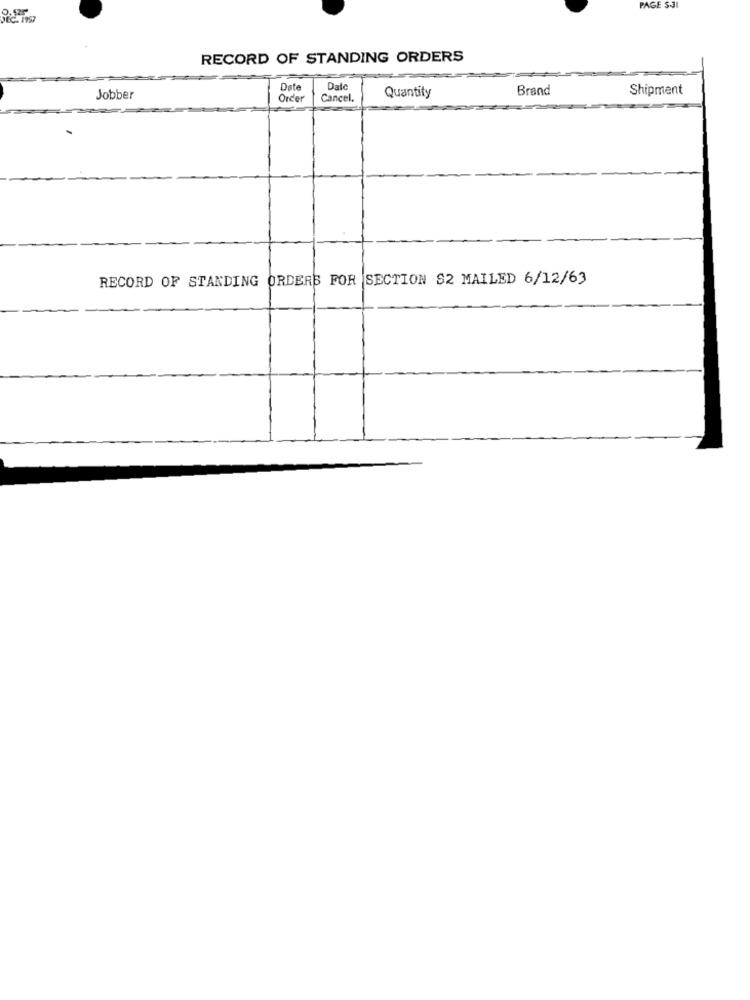
PAGE S-31
RECORD OF STANDING ORDERS
Date
Dale
Brand
Shipment
Jobber
Order
Cancel.
Quantity
RECORD OF STANDING ORDERS FOR SECTION $2 MAILED 6/12/63